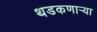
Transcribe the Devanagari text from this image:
थडकणार्‍या